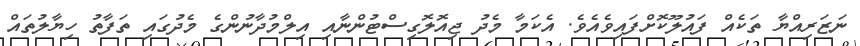
ނަޒަރިއްޔާ ތަކެއް ފައުލޫކޮށްފައިވެއެވެ. އެކަމާ މެދު ޖިއޮލޮގިސްޓުންނާއި އިލްމުދާނުންގެ މެދުގައި ތަފާތު ހިޔާލުތައް